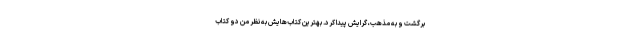
برگشت و به مذهب، گرایش پیدا کرد. بهترین کتاب‌هایش به نظر من دو کتاب